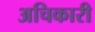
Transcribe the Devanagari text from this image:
अचिकारी